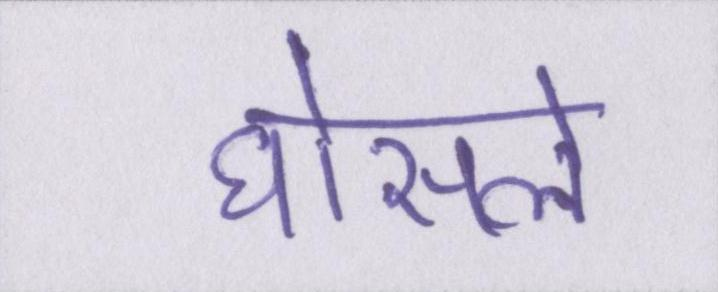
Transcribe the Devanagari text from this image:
घोसले